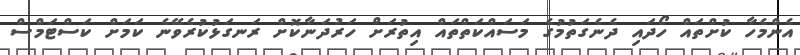
އެންމެހާ ކުށްތައް ހޯދައި ދެނެގަތުމުގެ މަސައްކަތްތައް އިތުރަށް ހަރުދަނާކޮށް ރަނގަޅުކުރެވޭނެ ކަމަށް ކަސްޓަމްސް